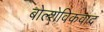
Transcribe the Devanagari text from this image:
बोल्शेविकवाद